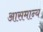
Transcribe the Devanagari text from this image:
आसमान्य